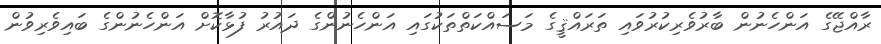
ރާއްޖޭގެ އަންހެނުން ބާރުވެރިކުރުވައި ތަރައްޤީގެ މަސައްކަތްތަކުގައި އަންހެނުންގެ ދައުރު ފުޅާކޮށް އަންހެނުންގެ ބައިވެރިވުން